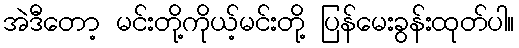
အဲဒီတော့ မင်းတို့ကိုယ့်မင်းတို့ ပြန်မေးခွန်းထုတ်ပါ။